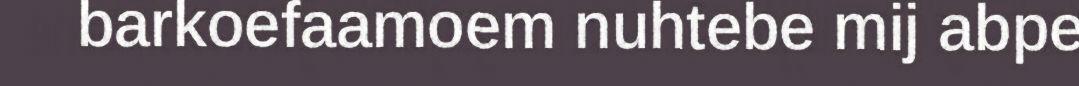
barkoefaamoem nuhtebe mij abpe